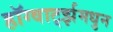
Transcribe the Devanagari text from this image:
हॉग्वार्ट्झमधुन